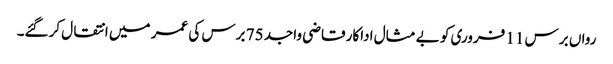
رواں برس 11 فروری کو بے مثال اداکار قاضی واجد 75 برس کی عمر میں انتقال کرگئے۔